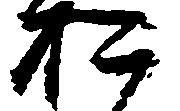
お